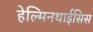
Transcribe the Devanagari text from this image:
हेल्मिनथाईसिस